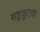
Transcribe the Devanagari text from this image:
राष्ट्रकूटचा